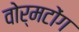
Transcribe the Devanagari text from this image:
वोर्मटोंग